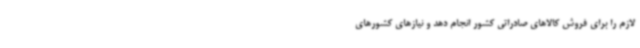
لازم را برای فروش کالاهای صادراتی کشور انجام دهد و نیازهای کشورهای